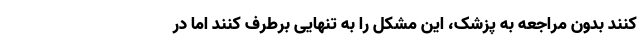
کنند بدون مراجعه به پزشک، این مشکل را به تنهایی برطرف کنند اما در